Annual report of the Prince of Wales Medical College, Patna
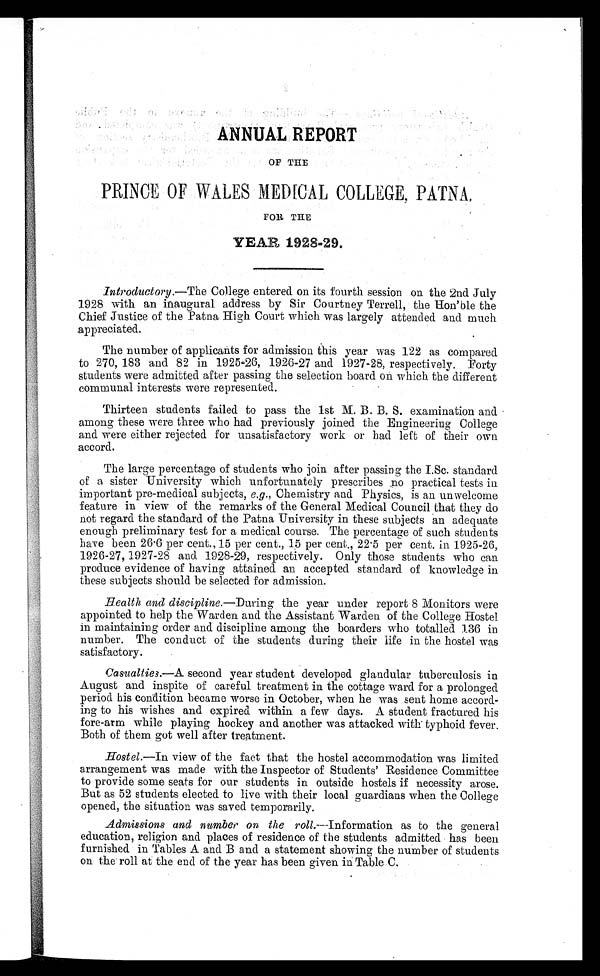
ANNUAL REPORT
OF THE
PRINCE OF WALES MEDICAL COLLEGE, PATNA,
FOR THE
YEAR 1928-29.
Introductory.—The College entered on its fourth session on the 2nd July
1928 with an inaugural address by Sir Courtney Terrell, the Hon’ble the
Chief Justice of the Patna High Court which was largely attended and much
appreciated.
The number of applicants for admission this year was 122 as compared
to 270, 183 and 82 in 1925-26, 1926-27 and 1927-28, respectively. Forty
students were admitted after passing the selection board on which the different
communal interests were represented.
Thirteen students failed to pass the 1st M. B. B. S. examination and
among these were three who had previously joined the Engineering College
and were either rejected for unsatisfactory work or had left of their own
accord.
The large percentage of students who join after passing the I.Sc. standard
of a sister University which unfortunately prescribes no practical tests in
important pre-medical subjects, e.g., Chemistry and Physics, is an unwelcome
feature in view of the remarks of the General Medical Council that they do
not regard the standard of the Patna University in these subjects an adequate
enough preliminary test for a medical course. The percentage of such students
have been 26.6 per cent., 15 per cent., 15 per cent., 22.5 per cent. in 1925-26,
1926-27, 1927-28 and 1928-29, respectively. Only those students who can
produce evidence of having attained an accepted standard of knowledge in
these subjects should be selected for admission.
Health and discipline.— During the year under report 8 Monitors were
appointed to help the Warden and the Assistant Warden of the College _Hostel
in maintaining order and discipline among the boarders who totalled 136 in
number. The conduct of the students during their life in the hostel was
satisfactory.
Casualties.— A second year student developed glandular tuberculosis in
August and inspite of careful treatment in the cottage ward for a prolonged
period his condition became worse in October, when he was sent home accord
- i n g t o h i s w i s h e s a n d e x p i r e d w i t h i n a f e w d a y s . A s t u d e n t f r a c t u r e d h i s
fore-arm while playing hockey and another was attacked with typhoid fever.
Both of them got well after treatment.
Hostel.—In view of the fact that the hostel accommodation was limited
arrangement was made with the Inspector of Students’ Residence Committee
to provide some seats for our students in outside hostels if necessity arose.
But as 52 students elected to live with their local guardians when the College
opened, the situation was saved temporarily.
Admissions and number on the roll.—Information as to the general
education, religion and places of residence of the students admitted has been
furnished in Tables A and B and a statement showing the number of students
on the roll at the end of the year has been given in Table C.